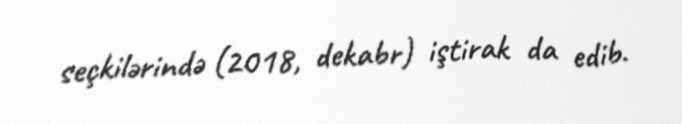
seçkilərində (2018, dekabr) iştirak da edib.